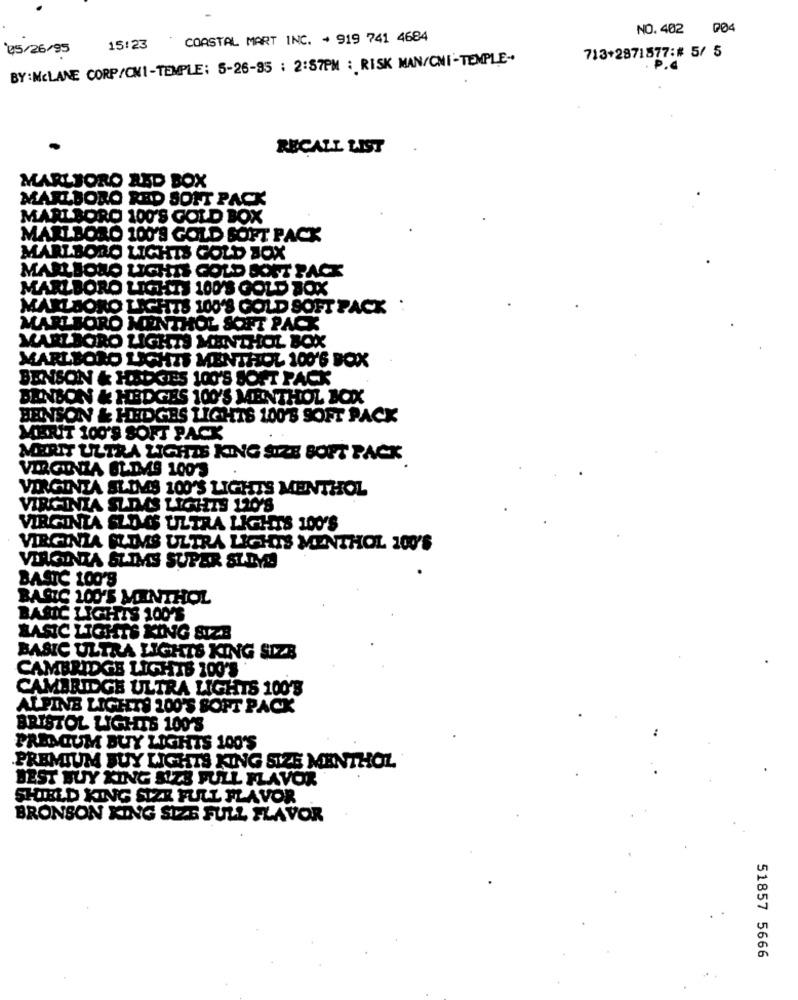
NO.402 04
15:23 COASTAL MART INC. - 919 741 4684
05/26/95
713+2871877:# 5/ 5
BY: McLANE CORP/CNI-TEMPLE: 5-26-95 : 2:57PM : RISK MAN/CHI-TEMPLE-
. P.d
RECALL LIST
MARLBORO ABD BOX
MARLBORO RED SOFT PACK
MARLBORO 100'S GOLD BOX
MARLBORO 100'S GOLD SOFT PACK
MARLBORO LIGHTS GOLD BOX
MARLBORO LIGHTS GOLD SONT PACK
MARLBORO LIGHTS 100'S GOLD BOX
MARLBORO LIGHTS 100'S GOLD SOFT PACK :
MARLBORO MENTHOL SOFT PACK
ARLAGRO LIGHTS MENTHOL BOX
MARLBORO LIGHTS MENTHOL 100'6 BOX
ENSON & HEDGES 100'S SOFT PACK
BENSON & HEDGES 100'S MENTHOL BOX
BENSON & HEDGES LIGHTS 100'S SOFT PACK
MERUIT 100'S SOFT PACK
MERIT ULTRA LIGHTS KING SIZE SOFT PACK
VIRGINZA BLIMAS 100'S
VIRGINIA SLIMS 100'S LIGHTS MENTHOL
GINIA SLDMAS LIGHTS 120'S
VIRGINIA SLOGS ULTRA LIGHTS 100'S
VIRGINIA FLIMS ULTRA LIGHTS MENTHOL 100'S
VIRGO DA SLIMS SUPER SIDY!
BASIC 100'S
BASIC 100'S MINTHOL
BASIC LIGHTS 100'S
BASIC LIGHTS KING SIZE
BASIC ULTRA LIGHTS KING SIZE
CAMBRIDGE LIGHTS 100'S
CAMBRIDGE ULTRA LIGHTS 100'3
ALPINE LIGHTS 100'S SOFT PACK
BRISTOL LIGHTS 100'S
PRESOUM BUY LIGHTS 100'S
PREMIUM BUY LIGHTS KING SIZE MENTHOL
BEST BUY XING SIZS FULL FLAVOR
SHIELD KING SIZE FULL FLAVOR
BRONSON KING SIZE FULL FLAVOR
51857 5666